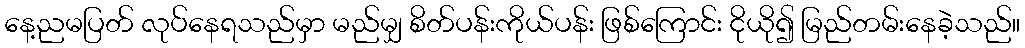
နေ့ညမပြတ် လုပ်နေရသည်မှာ မည်မျှ စိတ်ပန်းကိုယ်ပန်း ဖြစ်ကြောင်း ငိုယို၍ မြည်တမ်းနေခဲ့သည်။